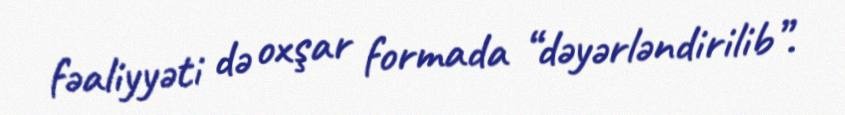
fəaliyyəti də oxşar formada “dəyərləndirilib”.